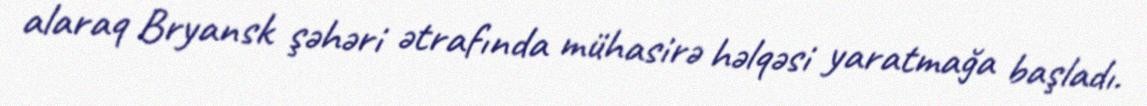
alaraq Bryansk şəhəri ətrafında mühasirə həlqəsi yaratmağa başladı.